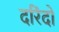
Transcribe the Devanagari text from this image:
दरिंदो